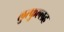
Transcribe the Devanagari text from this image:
लुत्फुल्लह